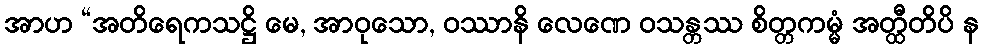
အာဟ “အတိရေကသဋ္ဌိ မေ, အာဝုသော, ဝဿာနိ လေဏေ ဝသန္တဿ စိတ္တကမ္မံ အတ္ထီတိပိ န